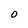
Character: 0